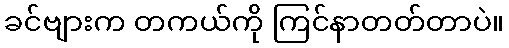
ခင်ဗျားက တကယ်ကို ကြင်နာတတ်တာပဲ။